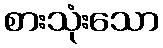
စားသုံးသော